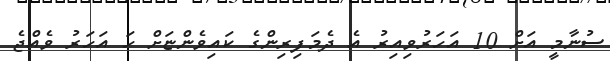
ސުނާމީ އަށް 10 އަހަރުވިއިރު އެ ދެމަފިރިންގެ ކައިވެންޏަށް ހަ އަހަރު ވެއްޖެ